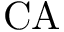
\mathrm { C A }